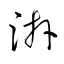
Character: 湃